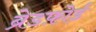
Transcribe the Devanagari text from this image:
ब्रेडफ़ोर्ड